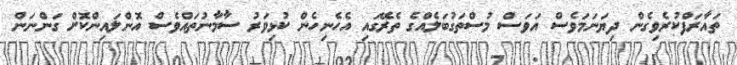
ތައާރަފްކުރެވިގެން ދިޔަނަމަވެސް އަވަސް މުސްތަގުބަލެއްގެ ތެރޭގައި އެހެނިހެން ކުޅިވަރު ސާމާނުތައްވެސް އޮންލައިންކޮށް ގަންނަން